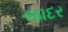
જાદર